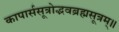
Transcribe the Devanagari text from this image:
कापार्ससूत्रोद्भवब्रह्मसूत्रम्॥